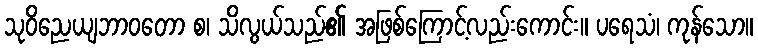
သုဝိညေယျဘာဝတော စ၊ သိလွယ်သည်၏ အဖြစ်ကြောင့်လည်းကောင်း။ ပရေသံ၊ ကုန်သော။